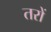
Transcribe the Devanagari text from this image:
तरों